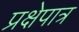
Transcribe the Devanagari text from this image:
प्रक्षेपात्र